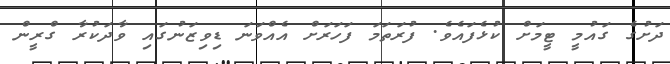
ދަށުގެ ގައުމީ ޓީމަށް ކުޅެފައެވެ. ފުރަތަމަ ފަހަރަށް އެއްވަނަ ޑިވިޒަނުގައި ވާދަކުރާ ގްރީން